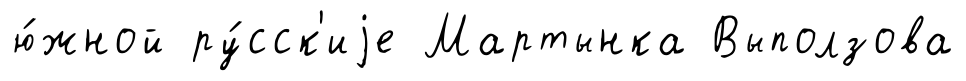
ю́жной ру́сск'иjе Мартынка Выползова